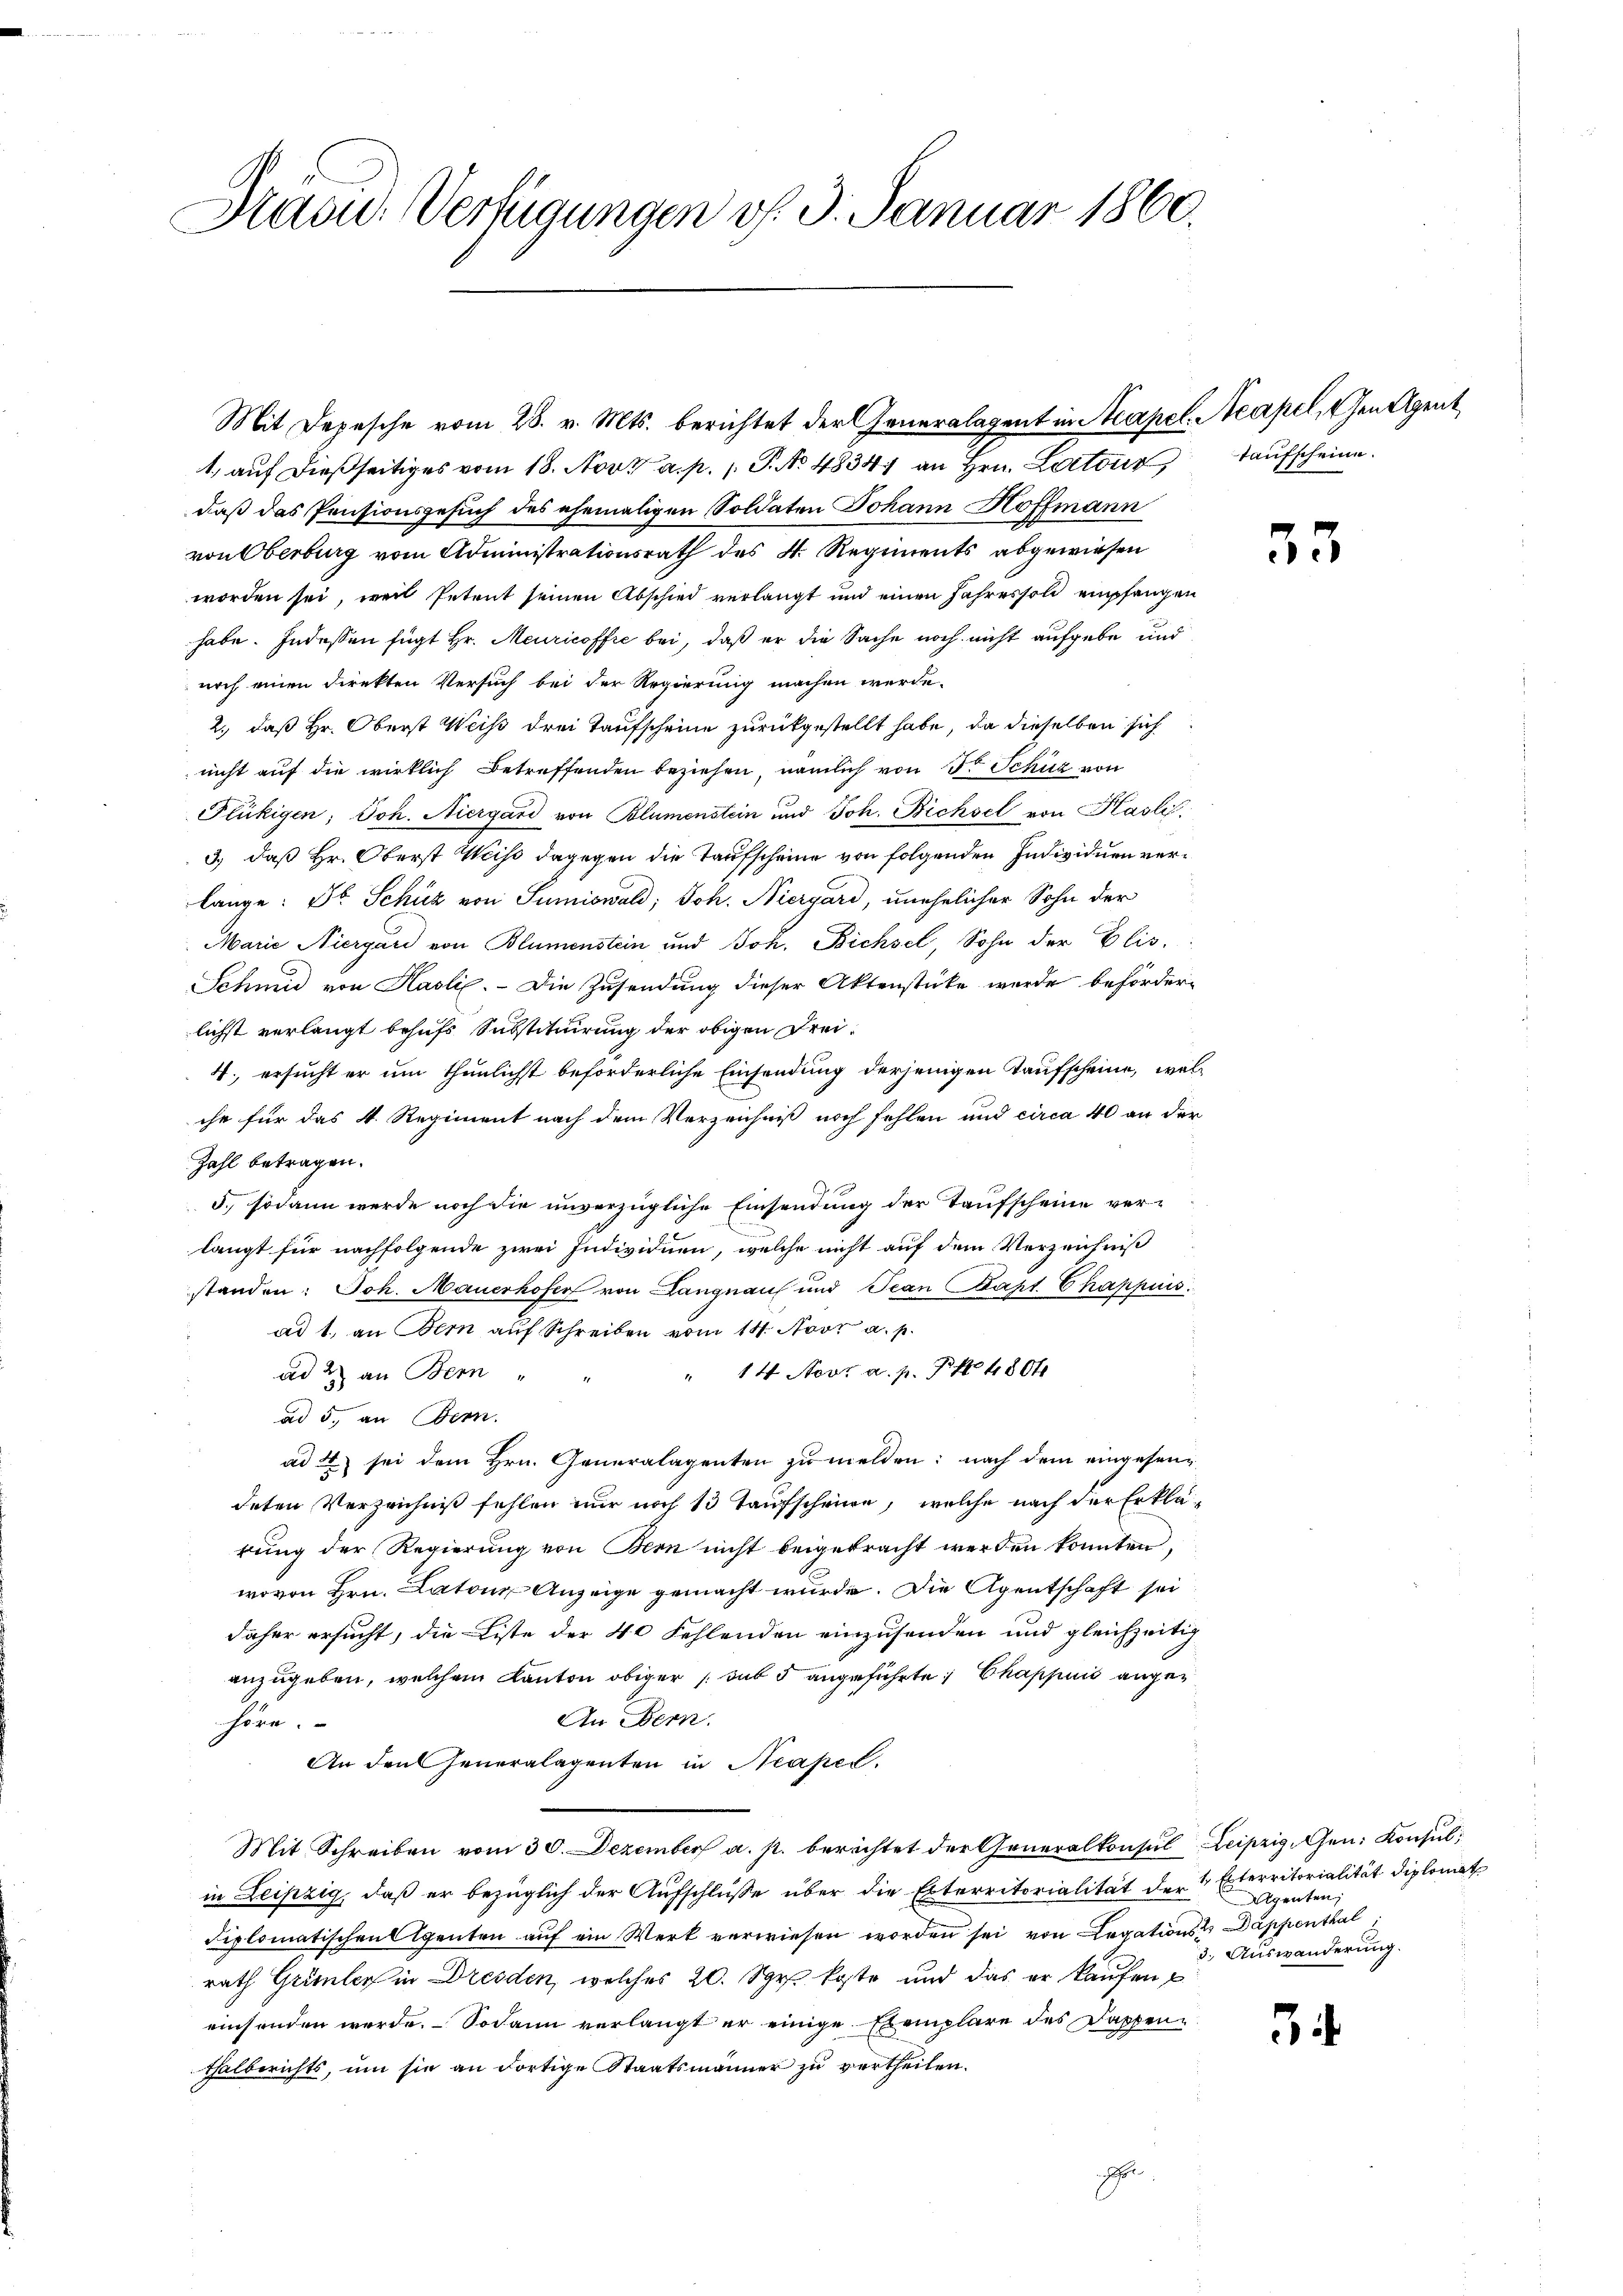
Stand. Verfügungen v. 3. Januar 1860.

1. auf dießseitiges vom 18. Nov. a. p. 1. P. No 48347 an Hrn. Loitour,
daß das Pensionsgesuch des ehemaligen Soldaten Johann Hoffmann
von Oberburg vom Administrationsrath des 4. Regiments abgewiesen
worden sei, weil Petent seinen Abschied verlangt und einen Jahres soll empfangen
habe. Indessen fügt Hr. Meuricoffre bei, daß er die Sache noch nicht aufgebe und
noch einen direkten Versuch bei der Regierung machen werde.
2., daß Hr. Oberst Weiß drei Taufscheine zurückgestellt habe, da dieselben sich
nicht auf die wirklich betreffenden beziehen, nämlich von 3 Schüz von
Flükigen; Joh. Niergard von Blumenstein und Joh. Bichsel von Hasli,
3.) daß Hr. Oberst Weiss dagegen die Taufscheine von folgenden Individuen verlange: Dr. Schüz von Sumiswald, Joh. Niergard, unehelicher Sohn der
Marie Niergari von Blumenstein und Joh. Bichsel, Sohn der Elis.
Schmid von Haslie. - Die Zusendung dieser Aktenstücke wurde beförderlichst verlangt behufs Substituirung der obigen Frei-
4. ersucht er um thunlichst beförderliche Einsendung derjenigen Taufscheine, welche für das 4. Regiment nach dem Verzeichniß noch fehlen und circa 40 an der
Zahl betragen.
5., sodann werde noch die unverzügliche Einsendung der Taufscheine verlangt für nachfolgende zwei Individuen, welche nicht auf dem Verzeichniß
standen: Joh. Mauerhofer von Langnau und Jean Bapt. Chappis
ad 1., an Bern auf Schreiben vom 14. Novr a. p.
" 14 Nov. a. p. P. No 4804
ad 2. an Bern
ad 5. an Bern.
ad 4 sei dem Hrn. Generalagenten zu melden: nach dem eingesang
deten Verzeichniß fehlen nur noch 13 Taufscheine, welche nach der Erklärung der Regierung von Bern nicht beigebracht werden konnten,
wovon Hrn. Latone Anzeige gemacht wurde. Die Agentschaft sei
daher ersucht, die Liste der 40 Fehlenden einzusenden und gleichzeitig
anzugeben, welchem Kanton obiger (sub 5 angeführte Chappuis ange¬
An Bern.
höre.
An den Generalagenten in Neapel.
Mit Schreiben vom 30. Dezember a. p. berichtet der Generalkonsul Leipzig, Gen. Konsul
in Leipzig, daß er bezüglich der Aufschlüße über die Elterritorialität der 4 Exterritorialität diplomat
Fiplomatischen Agenten auf ein Werk verwiesen worden sei von Legationst Dappenthal
rath Gründer in Dresden, welches 20. Sgr. koste und das er kaufen
einsenden werde. Sodann verlangt er einige Exemplare des Dappenthalberichts, um sie an dortige Staatsmänner zu vertheilen.
H

Mit Depesche vom 28. v. Mts. berichtet der Generalagent in Acapel. Acapel, den Agent

taufscheine.

35

34

Agenten,
3. Auswanderung.